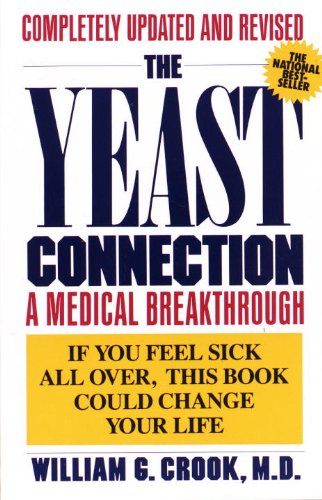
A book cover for The Yeast Connection: A Medical Breakthrough; William G. Crook; Cookbooks, Food & Wine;